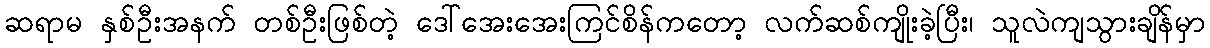
ဆရာမ နှစ်ဦးအနက် တစ်ဦးဖြစ်တဲ့ ဒေါ်အေးအေးကြင်စိန်ကတော့ လက်ဆစ်ကျိုးခဲ့ပြီး၊ သူလဲကျသွားချိန်မှာ